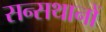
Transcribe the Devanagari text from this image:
सन्सथानों